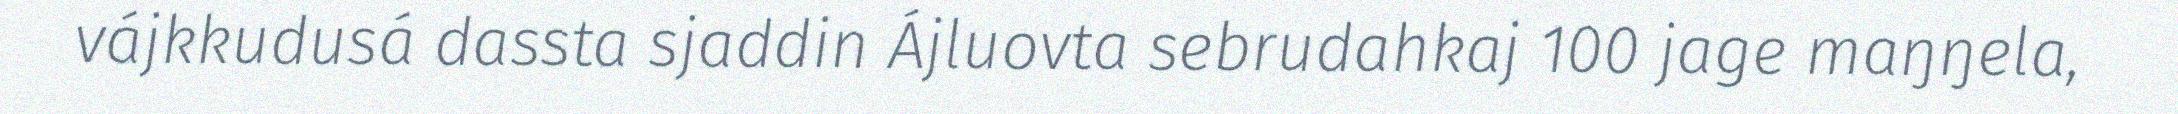
vájkkudusá dassta sjaddin Ájluovta sebrudahkaj 100 jage maŋŋela,